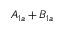
A _ { 1 a } + B _ { 1 a }